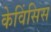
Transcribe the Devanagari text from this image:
केविंसिस